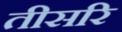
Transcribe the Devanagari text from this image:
तीसरि